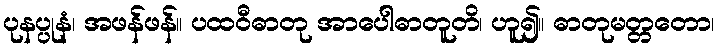
ပုနပ္ပုနံ၊ အဖန်ဖန်။ ပထဝီဓာတု အာပေါဓာတူတိ၊ ဟူ၍။ ဓာတုမတ္တတော၊